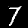
Label: 7